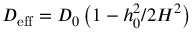
D _ { \mathrm { e f f } } = D _ { 0 } \left( 1 - h _ { 0 } ^ { 2 } / 2 H ^ { 2 } \right)